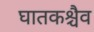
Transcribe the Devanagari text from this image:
घातकश्चैव